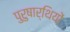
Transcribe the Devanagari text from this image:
पुरुषार्थियों